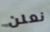
نعلن